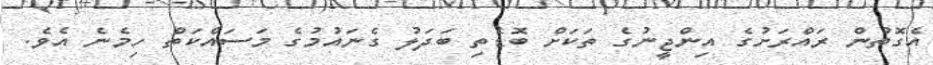
އެގޮތުން ރައްރަށުގެ އިންޖީނުގެ ތަކަށް ބޮޑެތި ބަދަލު ގެނައުމުގެ މަސައްކަތް ހިމެނެ އެވެ.